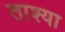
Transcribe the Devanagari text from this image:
ताश्या